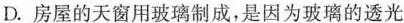
D.房屋的天窗用玻璃制成，是因为玻璃的透光